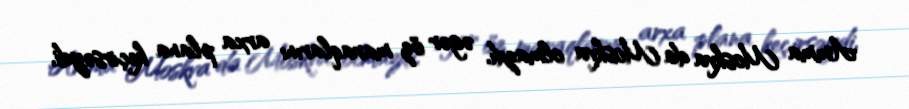
Amma Moskva da Moskva olmazdı, əgər öz maraqlarını arxa plana keçirsəydi,